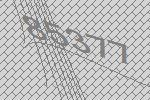
85377